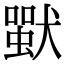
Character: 𤡴